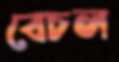
বেচল